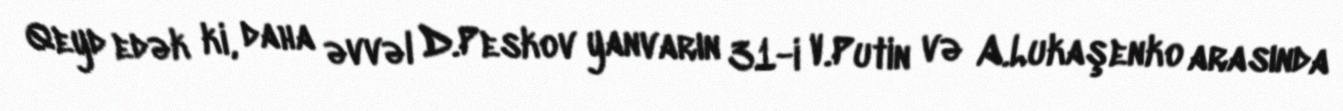
Qeyd edək ki, daha əvvəl D.Peskov yanvarın 31-i V.Putin və A.Lukaşenko arasında